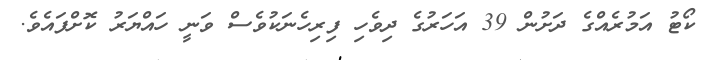
ކޯޓު އަމުރެއްގެ ދަށުން 39 އަހަރުގެ ދިވެހި ފިރިހެނަކުވެސް ވަނީ ހައްޔަރު ކޮށްފައެވެ.